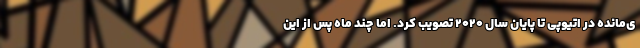
ی‌مانده در اتیوپی تا پایان سال 2020 تصویب کرد. اما چند ماه پس از این